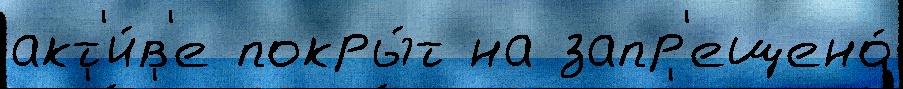
акт'и́в'е покры́т на запр'ещено́